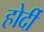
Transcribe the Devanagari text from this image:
होर्दी